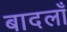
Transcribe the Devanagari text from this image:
बादलाँ